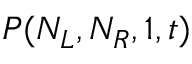
P ( N _ { L } , N _ { R } , 1 , t )